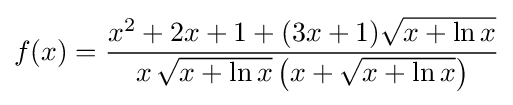
f(x)={\frac {x^{2}+2x+1+(3x+1){\sqrt {x+\ln x}}}{x\,{\sqrt {x+\ln x}}\left(x+{\sqrt {x+\ln x}}\right)}}